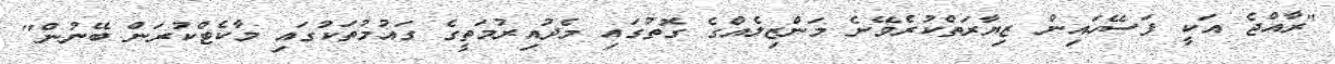
"ރާއްޖެ އަކީ ފަސޭހައިން ޒިޔާރަތްކުރެވޭނެ މަންޒިލެއްގެ ގޮތުގައި މެދުއިރުމަތީގެ ގައުމުތަކުގައި މާކެޓްކުރަން ބޭނުން"